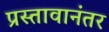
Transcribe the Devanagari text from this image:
प्रस्तावानंतर